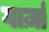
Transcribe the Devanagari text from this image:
गार्ज़ा